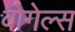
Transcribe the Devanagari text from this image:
वोगेल्स